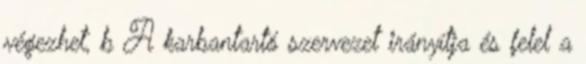
végezhet, b A karbantartó szervezet irányítja és felel a